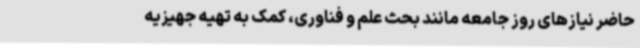
حاضر نیازهای روز جامعه مانند بحث علم و فناوری، کمک به تهیه جهیزیه